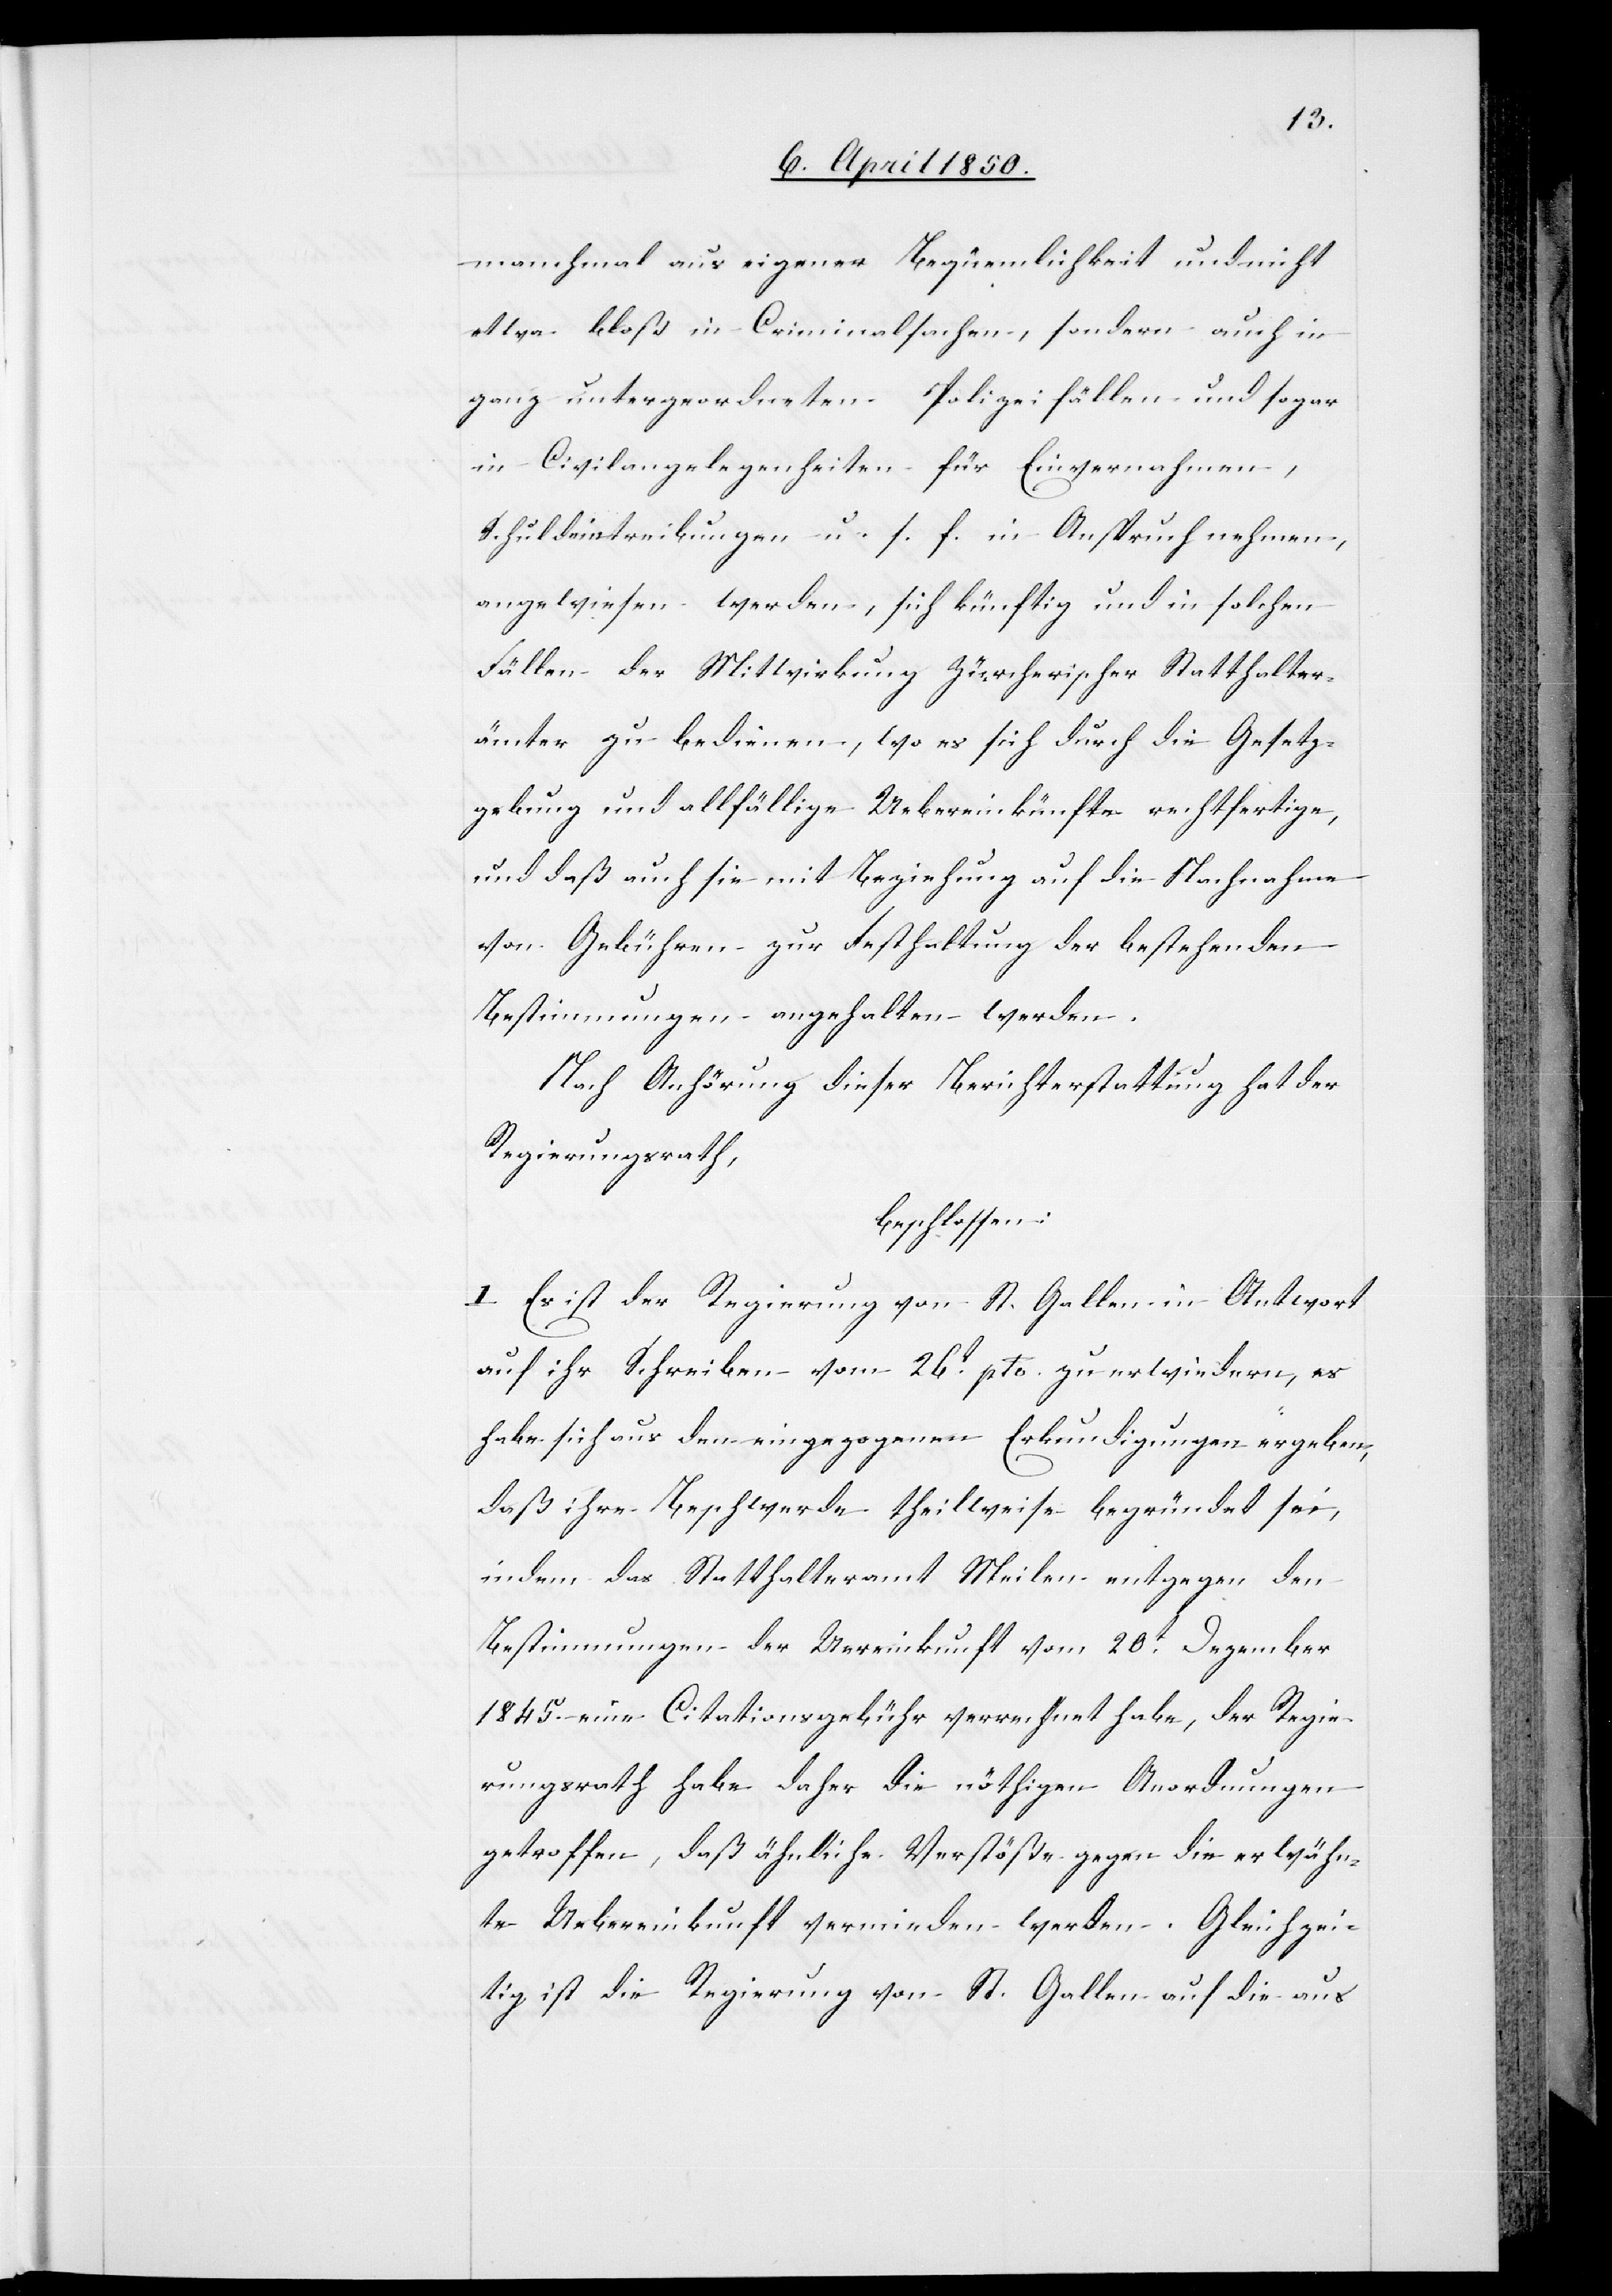
manchmal aus eigener Bequemlichkeit und nicht
etwa bloß in Criminalsachen, sondern auch in
ganz untergeordneten Polizeifällen und sogar
in Civilangelegenheiten für Einvernahmen,
Schuldeintreibungen u. s. f. in Anspruch nehmen,
angewiesen werden, sich künftig und in solchen
Fällen der Mitwirkung Zürcherischer Statthalter¬
ämter zu bedienen, wo es sich durch die Gesetz¬
gebung und allfällige Uebereinkünfte rechtfertige,
und daß auch sie mit Beziehung auf die Nachnahme
von Gebühren zur Festhaltung der bestehenden
Bestimmungen angehalten werden.
Nach Anhörung dieser Berichterstattung hat der
Regierungsrath,
beschlossen:
I Es ist der Regierung von St. Gallen in Antwort
auf ihr Schreiben vom 26t pto. zu erwiedern, es
habe sich aus den eingezogenen Erkundigungen ergeben,
daß ihre Beschwerde theilweise begründet sei,
indem das Statthalteramt Meilen entgegen den
Bestimmungen der U[eb]ereinkunft vom 20t Dezember
1845. eine Citationsgebühr verrechnet habe, der Regie¬
rungsrath habe daher die nöthigen Anordnungen
getroffen, daß ähnliche Verstöße gegen die erwähn¬
te Uebereinkunft vermieden werden. Gleichzei¬
tig ist die Regierung von St. Gallen auf die aus